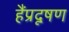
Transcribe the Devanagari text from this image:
हैंप्रदूषण